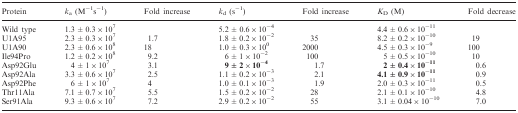
<table><thead><tr><td><b>Protein</b></td><td><b><i>k</i><sub>a</sub> (M<sup>−1</sup>s<sup>−1</sup>)</b></td><td><b>Fold increase</b></td><td><b><i>k</i><sub>d</sub> (s<sup>−1</sup>)</b></td><td><b>Fold increase</b></td><td><b><i>K</i><sub>D</sub> (M)</b></td><td><b>Fold decrease</b></td></tr></thead><tbody><tr><td>Wild type</td><td>1.3 ± 0.3 × 10<sup>7</sup></td><td></td><td>5.2 ± 0.6 × 10<sup>−4</sup></td><td></td><td>4.4 ± 0.6 × 10<sup>−11</sup></td><td></td></tr><tr><td>U1A95</td><td>2.3 ± 0.3 × 10<sup>7</sup></td><td>1.7</td><td>1.8 ± 0.2 × 10<sup>−2</sup></td><td>35</td><td>8.2 ± 0.2 × 10<sup>−10</sup></td><td>19</td></tr><tr><td>U1A90</td><td>2.3 ± 0.6 × 10<sup>8</sup></td><td>18</td><td>1.0 ± 0.3 × 10<sup>0</sup></td><td>2000</td><td>4.5 ± 0.3 × 10<sup>−9</sup></td><td>100</td></tr><tr><td>Ile94Pro</td><td>1.2 ± 0.2 × 10<sup>8</sup></td><td>9.2</td><td>6 ± 1 × 10<sup>−2</sup></td><td>100</td><td>5 ± 0.5 × 10<sup>−10</sup></td><td>10</td></tr><tr><td>Asp92Glu</td><td>4 ± 1 × 10<sup>7</sup></td><td>3.1</td><td><b>9 ± 2 × 10<sup>−</sup><sup>4</sup></b></td><td>1.7</td><td><b>2 ± 0.4 × 10<sup>−11</sup></b></td><td>0.6</td></tr><tr><td>Asp92Ala</td><td>3.3 ± 0.6 × 10<sup>7</sup></td><td>2.5</td><td>1.1 ± 0.2 × 10<sup>−3</sup></td><td>2.1</td><td><b>4.1 ± 0.9 × 10<sup>−</sup><sup>11</sup></b></td><td>0.9</td></tr><tr><td>Asp92Phe</td><td>6 ± 1 × 10<sup>7</sup></td><td>4</td><td>1.0 ± 0.1 × 10<sup>−3</sup></td><td>1.9</td><td>2.0 ± 0.3 × 10<sup>−11</sup></td><td>0.5</td></tr><tr><td>Thr11Ala</td><td>7.1 ± 0.7 × 10<sup>7</sup></td><td>5.5</td><td>1.5 ± 0.2 × 10<sup>−2</sup></td><td>28</td><td>2.1 ± 0.1 × 10<sup>−10</sup></td><td>4.8</td></tr><tr><td>Ser91Ala</td><td>9.3 ± 0.6 × 10<sup>7</sup></td><td>7.2</td><td>2.9 ± 0.2 × 10<sup>−2</sup></td><td>55</td><td>3.1 ± 0.04 × 10<sup>−10</sup></td><td>7.0</td></tr></tbody></table>